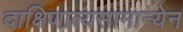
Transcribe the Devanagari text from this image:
दाक्षिणात्यसामान्येन